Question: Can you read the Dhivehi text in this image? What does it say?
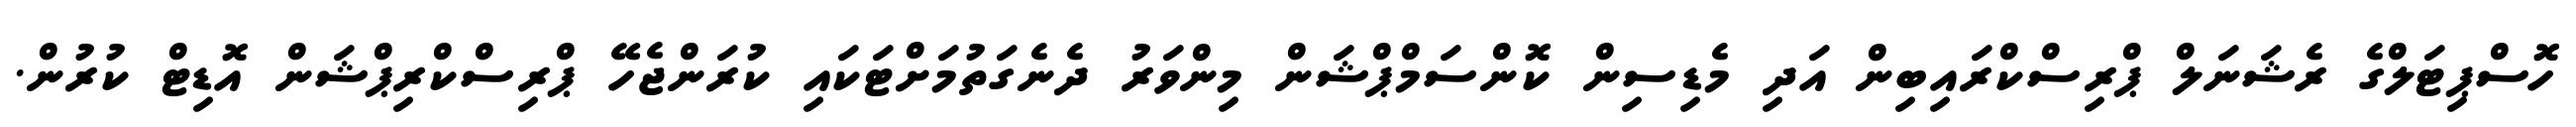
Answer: ހޮސްޕިޓަލްގެ ރެޝަނަލް ޕްރިސްކްރައިބިން އަދި މެޑިސިން ކޮންސަމްޕްޝަން މިންވަރު ދެނެގަތުމަށްޓަކައި ކުރަންޖެހޭ ޕްރިސްކްރިޕްޝަން އޮޑިޓް ކުރުން.